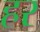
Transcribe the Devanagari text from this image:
हर